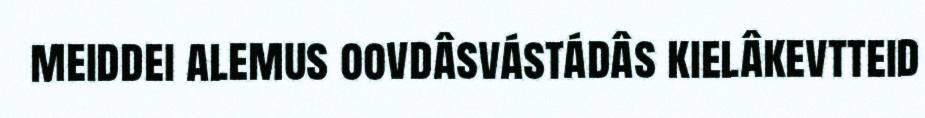
meiddei alemus oovdâsvástádâs kielâkevtteid